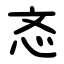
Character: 忞